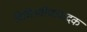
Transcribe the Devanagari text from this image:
विचित्रवीणावादक